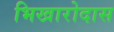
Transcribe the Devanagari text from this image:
भिखारोदास